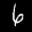
Label: 6